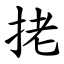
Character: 㧯